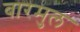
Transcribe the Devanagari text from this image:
बारमुल